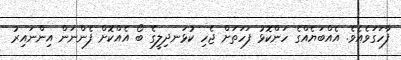
ފާހަގަވެއެވެ. އެއްބަޔެއްގެ ހަންކޮޅު ފަހަތަށް ޖެހި ކުޅަނދިލީގެ ބޯ އެއްކޮށް ފެންނަން އިންނައިރު